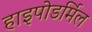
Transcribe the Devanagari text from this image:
हाइपोडर्मिल